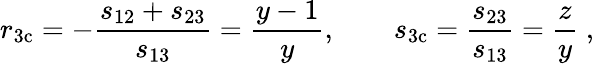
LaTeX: r_{\mathrm{3c}}=-\frac{s_{12}+s_{23}}{s_{13}}=\frac{y-1}{y},\qquad s_{\mathrm{3c}}=\frac{s_{23}}{s_{13}}=\frac{z}{y}\; ,